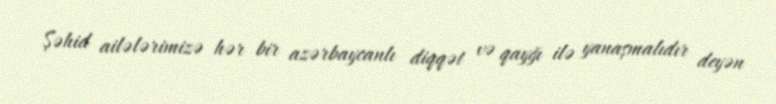
Şəhid ailələrimizə hər bir azərbaycanlı diqqət və qayğı ilə yanaşmalıdır deyən